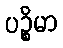
ပဉ္စိမာ